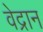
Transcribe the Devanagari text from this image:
वेद्रान